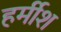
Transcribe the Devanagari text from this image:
हर्मीश